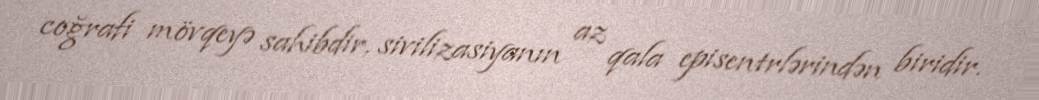
coğrafi mövqeyə sahibdir, sivilizasiyanın az qala episentrlərindən biridir.